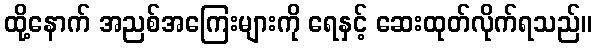
ထို့နောက် အညစ်အကြေးများကို ရေနှင့် ဆေးထုတ်လိုက်ရသည်။